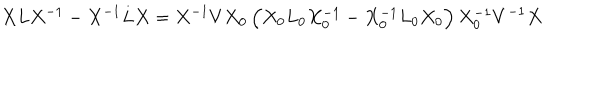
X L X ^ { - 1 } - X ^ { - 1 } L X = X ^ { - 1 } V X _ { 0 } \, \Big ( X _ { 0 } L _ { 0 } X _ { 0 } ^ { - 1 } - X _ { 0 } ^ { - 1 } L _ { 0 } X _ { 0 } \Big ) \, X _ { 0 } ^ { - 1 } V ^ { - 1 } X